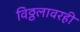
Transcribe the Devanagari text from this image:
विठ्ठलावरही